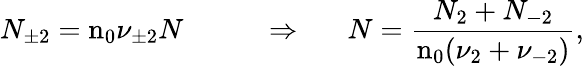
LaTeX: N_{\pm 2}=\textrm{n}_{0}\nu_{\pm 2}N~~~~~~~~~~~\Rightarrow~~~~~~N=\frac{N_{2}+N_{-2}}{\textrm{n}_{0}(\nu_{2}+\nu_{-2})},